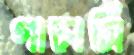
গাচাসিঁ